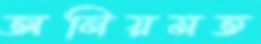
অনিয়মত